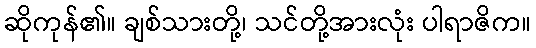
ဆိုကုန်၏။ ချစ်သားတို့၊ သင်တို့အားလုံး ပါရာဇိက။